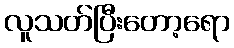
လူသတ်ပြီးတော့ရော